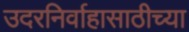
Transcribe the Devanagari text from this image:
उदरनिर्वाहासाठीच्या